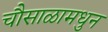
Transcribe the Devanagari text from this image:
चौसाळामधुन